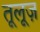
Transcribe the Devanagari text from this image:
तूलूज़